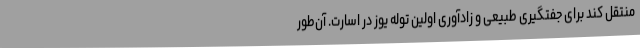
منتقل کند برای جفتگیری طبیعی و زادآوری اولین توله یوز در اسارت. آن‌طور